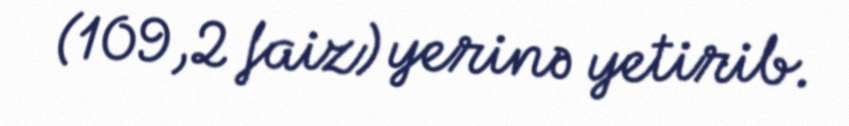
(109,2 faiz) yerinə yetirib.